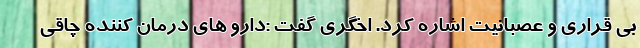
بی قراری و عصبانیت اشاره کرد. اخگری گفت :دارو های درمان کننده چاقی